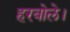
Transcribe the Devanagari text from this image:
हरबोले।